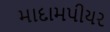
માદામપીયર